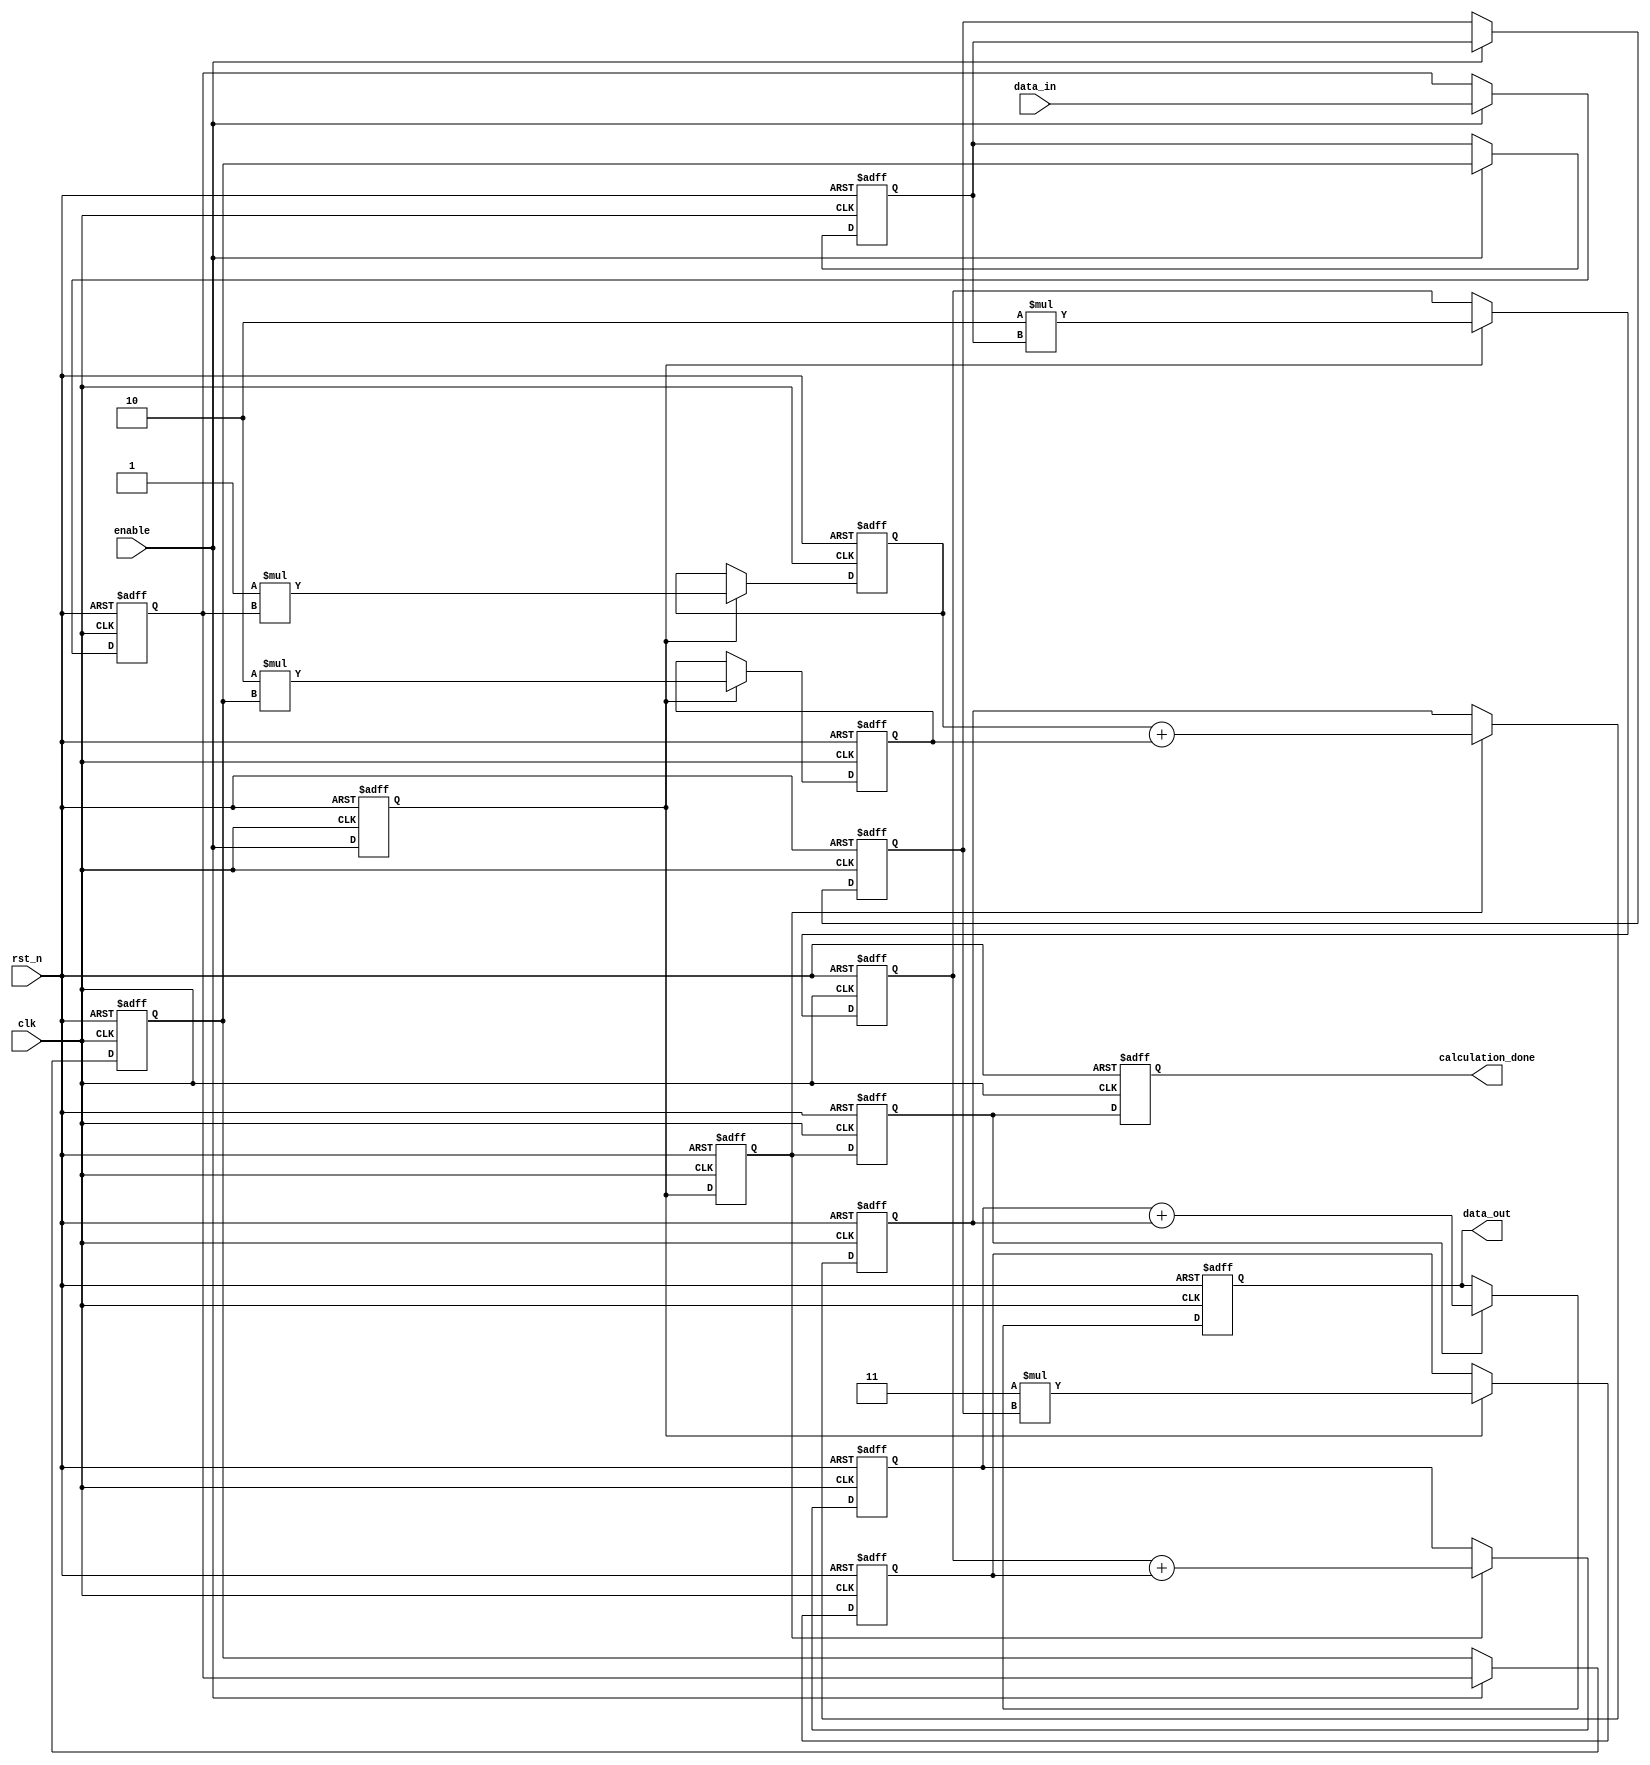
// =============================================================================
// Author: 
// Affiliation: Hong Kong University of Science and Technology
// Description:4_tap FIR filter, we use pepline to implement it.
// -----------------------------------------------------------------------------
module  FIR_4TAP(
	input clk,
	input rst_n,//low level is effective
	input [15:0] data_in,//data from ADC
	input enable,//enable the filter to work, high level is effect
	output [17:0] data_out,//to avoid overflow
	output calculation_done//to get new data from ADC, high is effect	
);
//Define the tap coefficient number
localparam
h_0 =  16'd1,
h_1 =  16'd2,
h_2 =  16'd2,
h_3 = 16'd3;//just some meaningless number as the example to show

reg [15:0] data_reg_3;
reg [15:0] data_reg_2;
reg [15:0] data_reg_1;
reg [15:0] data_reg_0;
reg mul_stage, add_1_stage, add_2_stage, output_stage;

//Pepline Control Login
always @ (posedge clk or negedge rst_n)
    begin
        if(!rst_n)
        	begin
        		mul_stage <= 1'b0;
        		add_1_stage <= 1'b0;
        		add_2_stage <= 1'b0;
			output_stage <= 1'b0;
        	end
        else
        	begin
        		mul_stage <= enable;
        		add_1_stage <= mul_stage;
        		add_2_stage <= add_1_stage;
        		output_stage <= add_2_stage;
        	end
    end
//The below is data loading
always @ (posedge clk or negedge rst_n)
    begin
        if(!rst_n)
        	begin
        		data_reg_0 <= 0;
        		data_reg_1 <= 0;
        		data_reg_2 <= 0;
        		data_reg_3 <= 0;
        	end
        else
        	begin
        		if (enable) 
        		    begin
        		        data_reg_0 <=  data_in;
        		        data_reg_1 <= data_reg_0;
        		        data_reg_2 <= data_reg_1;
        		        data_reg_3 <= data_reg_2;
        		    end
        		else 
        		    begin
        		        data_reg_0 <= data_reg_0;
        		        data_reg_1 <= data_reg_1;
        		        data_reg_2 <= data_reg_2;
        		        data_reg_3 <= data_reg_3;
        		    end
        	end
    end

//below is multiplication calculation
reg [15:0] multiplication_0;
reg [15:0] multiplication_1;
reg [15:0] multiplication_2;
reg [15:0] multiplication_3;
always @ (posedge clk or negedge rst_n)
    begin
        if(!rst_n)
        	begin
        		multiplication_0 <= 0;
        		multiplication_1 <= 0;
        		multiplication_2 <= 0;
        		multiplication_3 <= 0;
        	end
        else
        	begin
        		if(mul_stage)
        			begin//four multipliers
        				multiplication_0 <= h_0 * data_reg_0;
        				multiplication_1 <= h_1 * data_reg_1;
        				multiplication_2 <= h_2 * data_reg_2;
        				multiplication_3 <= h_3 * data_reg_3;
        			end
        		else 
        		    begin
        		        multiplication_0 <= multiplication_0;
        		        multiplication_1 <= multiplication_1;
        		        multiplication_2 <= multiplication_2;
        		        multiplication_3 <= multiplication_3;
        		    end
        	end
    end
reg [16:0] sum_1;
reg [16:0] sum_2;//to avoid overflow, each sum result is 17 bits.
//below is the first stage of adder
always @ (posedge clk or negedge rst_n)
    begin
        if(!rst_n)
        	begin
        		sum_1 <= 0;
        		sum_2 <= 0;
        	end
        else
        	begin
        		if (add_1_stage) 
        		    begin
        		        sum_1 <= multiplication_0 + multiplication_1;
        				sum_2 <= multiplication_2 + multiplication_3; 
        		    end
        		else 
        		    begin
        		        sum_1 <= sum_1;
        		        sum_2 <= sum_2;
        		    end

        	end
    end

  reg [17:0] result;//this is the final result, to avoid the overflow, we use 18 bits

  always @ (posedge clk or negedge rst_n)
      begin
          if(!rst_n)
          	begin
          		result <= 0;
          	end
          else
          	begin
          		if (add_2_stage) 
          		    begin
          		        result <= sum_2 + sum_1;
          		    end
          		else 
          		    begin
          		        result <= result;
          		    end
          		
          	end
      end

      assign data_out = result;//output the final result
      assign calculation_done = output_stage;
endmodule